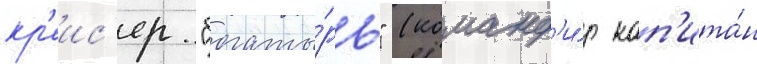
кр'еис'ер "богаты́рь" (команд'и́р кап'ита́н